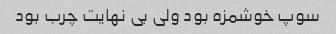
سوپ خوشمزه بود ولی بی نهایت چرب بود